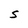
Character: S